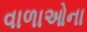
વાળાઓના